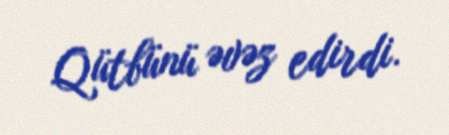
Qütbünü əvəz edirdi.